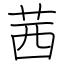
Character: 茜